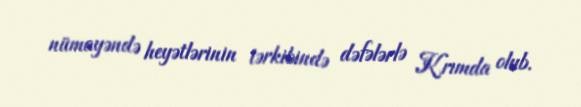
nümayəndə heyətlərinin tərkibində dəfələrlə Krımda olub.